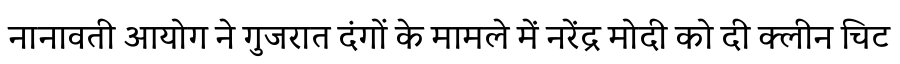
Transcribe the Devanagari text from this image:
नानावती आयोग ने गुजरात दंगों के मामले में नरेंद्र मोदी को दी क्लीन चिट